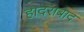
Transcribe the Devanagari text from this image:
हादराबाद